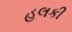
હલકી